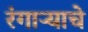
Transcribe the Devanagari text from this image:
रंगाऱ्याचे